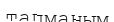
тапманым